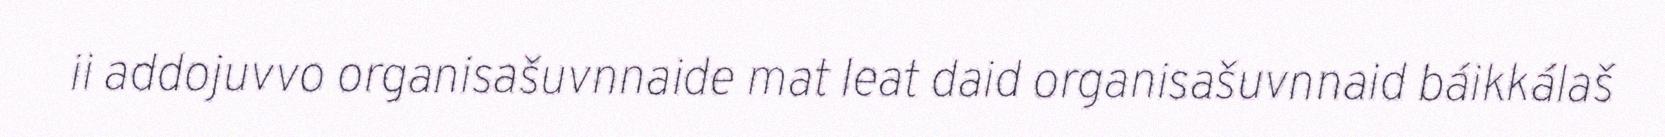
ii addojuvvo organisašuvnnaide mat leat daid organisašuvnnaid báikkálaš